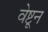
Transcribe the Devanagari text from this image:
वेष्टून